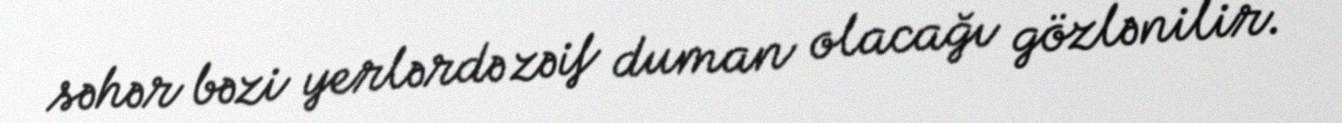
səhər bəzi yerlərdə zəif duman olacağı gözlənilir.